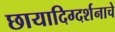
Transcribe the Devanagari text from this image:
छायादिग्दर्शनाचे